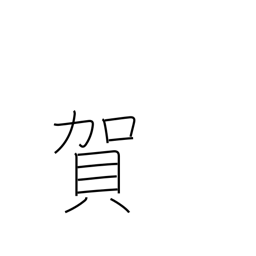
Meaning: congratulations